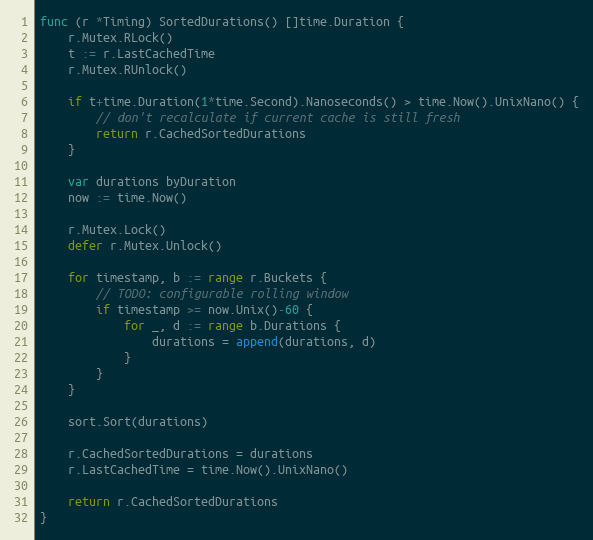
Language: Go
func (r *Timing) SortedDurations() []time.Duration {
	r.Mutex.RLock()
	t := r.LastCachedTime
	r.Mutex.RUnlock()

	if t+time.Duration(1*time.Second).Nanoseconds() > time.Now().UnixNano() {
		// don't recalculate if current cache is still fresh
		return r.CachedSortedDurations
	}

	var durations byDuration
	now := time.Now()

	r.Mutex.Lock()
	defer r.Mutex.Unlock()

	for timestamp, b := range r.Buckets {
		// TODO: configurable rolling window
		if timestamp >= now.Unix()-60 {
			for _, d := range b.Durations {
				durations = append(durations, d)
			}
		}
	}

	sort.Sort(durations)

	r.CachedSortedDurations = durations
	r.LastCachedTime = time.Now().UnixNano()

	return r.CachedSortedDurations
}